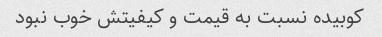
کوبیده نسبت به قیمت و کیفیتش خوب نبود